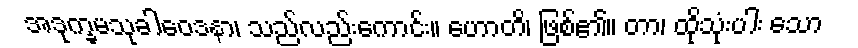
အဒုက္ခမသုခါဝေဒနာ၊ သည်လည်းကောင်း။ ဟောတိ၊ ဖြစ်၏။ တာ၊ ထိုသုံးပါး သော